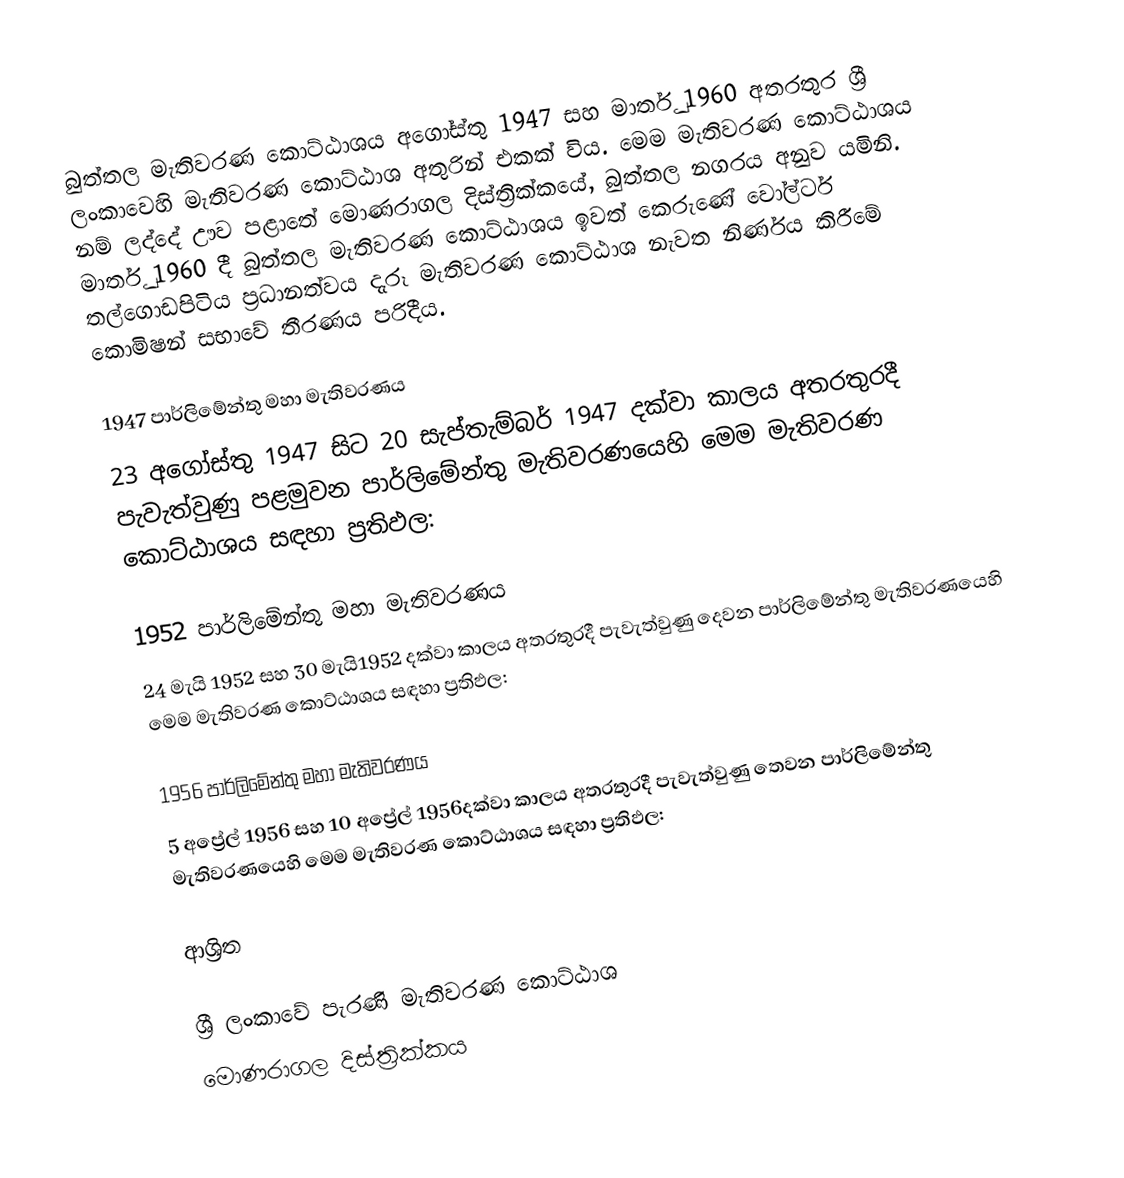
බුත්තල මැතිවරණ කොට්ඨාශය  අගෝස්තු 1947 සහ  මාර්තු 1960 අතරතුර  ශ්‍රී ලංකාවෙහි  මැතිවරණ කොට්ඨාශ අතුරින් එකක් විය. මෙම මැතිවරණ කොට්ඨාශය නම් ලද්දේ  ඌව පළාතේ  මොණරාගල  දිස්ත්‍රික්කයේ,  බුත්තල නගරය අනුව යමිනි.  මාර්තු 1960 දී බුත්තල මැතිවරණ කොට්ඨාශය ඉවත් කෙරුණේ වෝල්ටර් තල්ගොඩපිටිය ප්‍රධානත්වය දැරූ මැතිවරණ කොට්ඨාශ නැවත නිර්ණය කිරීමේ කොමිෂන් සභාවේ තීරණය පරිදීය.

1947 පාර්ලිමේන්තු මහා මැතිවරණය
23 අගෝස්තු 1947 සිට 20 සැප්තැම්බර් 1947 දක්වා කාලය අතරතුරදී පැවැත්වුණු   පළමුවන පාර්ලිමේන්තු මැතිවරණයෙහි මෙම මැතිවරණ කොට්ඨාශය සඳහා ප්‍රතිඵල:

1952 පාර්ලිමේන්තු මහා මැතිවරණය
24 මැයි 1952 සහ 30 මැයි1952 දක්වා කාලය අතරතුරදී පැවැත්වුණු   දෙවන පාර්ලිමේන්තු මැතිවරණයෙහි මෙම මැතිවරණ කොට්ඨාශය සඳහා ප්‍රතිඵල:

1956 පාර්ලිමේන්තු මහා මැතිවරණය
5 අප්‍රේල් 1956 සහ 10 අප්‍රේල් 1956දක්වා කාලය අතරතුරදී පැවැත්වුණු   තෙවන පාර්ලිමේන්තු මැතිවරණයෙහි මෙම මැතිවරණ කොට්ඨාශය සඳහා ප්‍රතිඵල:

ආශ්‍රිත

ශ්‍රී ලංකාවේ පැරණි මැතිවරණ කොට්ඨාශ
 මොණරාගල දිස්ත්‍රික්කය